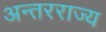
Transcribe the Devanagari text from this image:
अन्तरराज्य